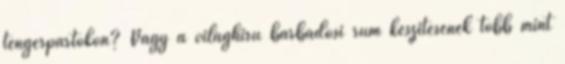
tengerpartokon? Vagy a világhírű barbadosi rum készítésének több mint